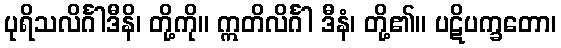
ပုရိသလိင်္ဂါဒီနိ၊ တို့ကို။ ဣတိလိင်္ဂါ ဒီနံ၊ တို့၏။ ပဋိပက္ခတော၊